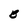
Character: B